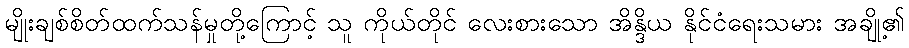
မျိုးချစ်စိတ်ထက်သန်မှုတို့ကြောင့် သူ ကိုယ်တိုင် လေးစားသော အိန္ဒိယ နိုင်ငံရေးသမား အချို့၏